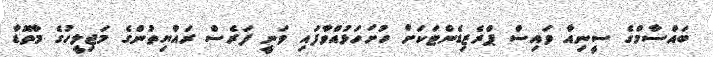
ބައްސާމްގެ ސީނިއާ ވައިސް ޕްރެޒިޑެންޓަކަށް ހުށަހަޅުއްވާފައި ވަނީ ފަރެސް ރައްޔިތުންގެ މަޖިލީހުގެ މާތޮޑާ